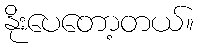
နိုးပေတော့တယ်။